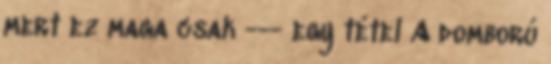
mert ez maga csak --- egy tétel A domború